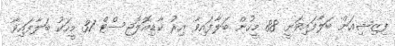
ފިޒިޝިއަން ބަލާފައިވަނީ 88 މީހުން ބަލާފައިވާ އިރު ކާޑިއޮލޮޖިސްޓް 31 މީހަކު ބަލާފައިވާ